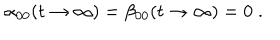
LaTeX: \alpha _ { 0 0 } ( t \to \infty ) = \beta _ { 0 0 } ( t \to \infty ) = 0 \; .